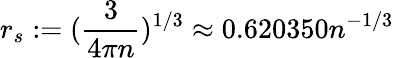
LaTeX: r_{s}:=(\frac{3}{4\pi n})^{1/3}\approx 0.620350n^{-1/3}